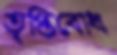
তৃপ্তিবোধ